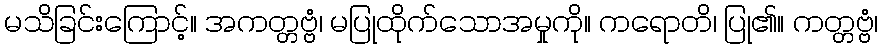
မသိခြင်းကြောင့်။ အကတ္တဗ္ဗံ၊ မပြုထိုက်သောအမှုကို။ ကရောတိ၊ ပြု၏။ ကတ္တဗ္ဗံ၊